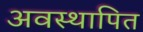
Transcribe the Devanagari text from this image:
अवस्थापित